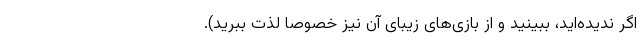
اگر ندیده‌اید، ببینید و از بازی‌های زیبای آن نیز خصوصا لذت ببرید).